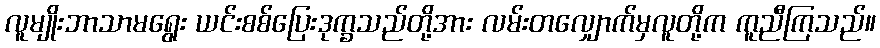
လူမျိုးဘာသာမရွေး ယင်းစစ်ပြေးဒုက္ခသည်တို့အား လမ်းတလျှောက်မှလူတို့က ကူညီကြသည်။